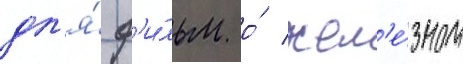
дл'я́ ф'и́льм о́ жел'е́зном